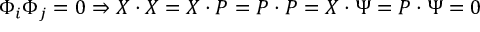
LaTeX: \Phi _ { i } \Phi _ { j } = 0 \Rightarrow X \cdot X = X \cdot P = P \cdot P = X \cdot \Psi = P \cdot \Psi = 0